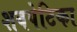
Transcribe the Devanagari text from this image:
शवपेटिका